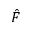
\hat { F }